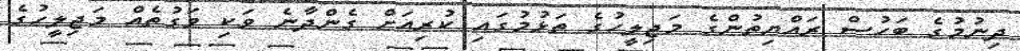
ދިނުމުގެ ބަހުސް ރައްޔިތުންގެ މަޖިލީހުގެ ތަޅުމުގައި ކުރިއަށް ގެންދާނެ ވަކި ވަގުތެއް މަޖިލީހުގެ